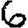
Digit: 6